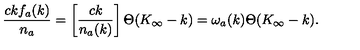
{ \frac { c k f _ { a } ( k ) } { n _ { a } } } = \left[ { \frac { c k } { n _ { a } ( k ) } } \right] \Theta ( K _ { \infty } - k ) = \omega _ { a } ( k ) \Theta ( K _ { \infty } - k ) .